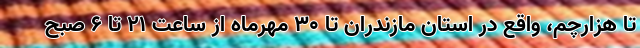
تا هزارچم، واقع در استان مازندران تا ۳۰ مهرماه از ساعت ۲۱ تا ۶ صبح